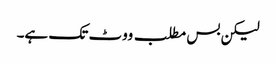
لیکن بس مطلب ووٹ تک ہے۔